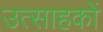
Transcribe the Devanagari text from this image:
उत्साहकों